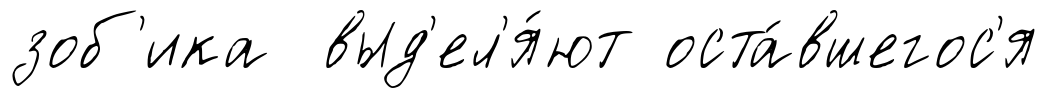
зоб'ика выд'ел'я́ют оста́вшегос'я